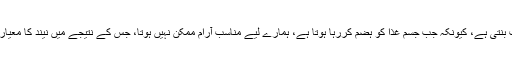
مختصر المدت کے لیے بھی یہ عادت نیند کو متاثر کرنے کا باعث بنتی ہے، کیونکہ جب جسم غذا کو ہضم کررہا ہوتا ہے، ہمارے لیے مناسب آرام ممکن نہیں ہوتا، جس کے نتیجے میں نیند کا معیار خراب ہوتا ہے جبکہ ہاضمہ خراب ہونے کا خطرہ بھی بڑھتا ہے۔